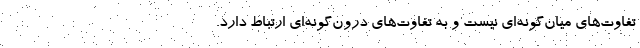
تفاوت‌های میان‌گونه‌ای نیست و به تفاوت‌های درون‌گونه‌ای ارتباط دارد.